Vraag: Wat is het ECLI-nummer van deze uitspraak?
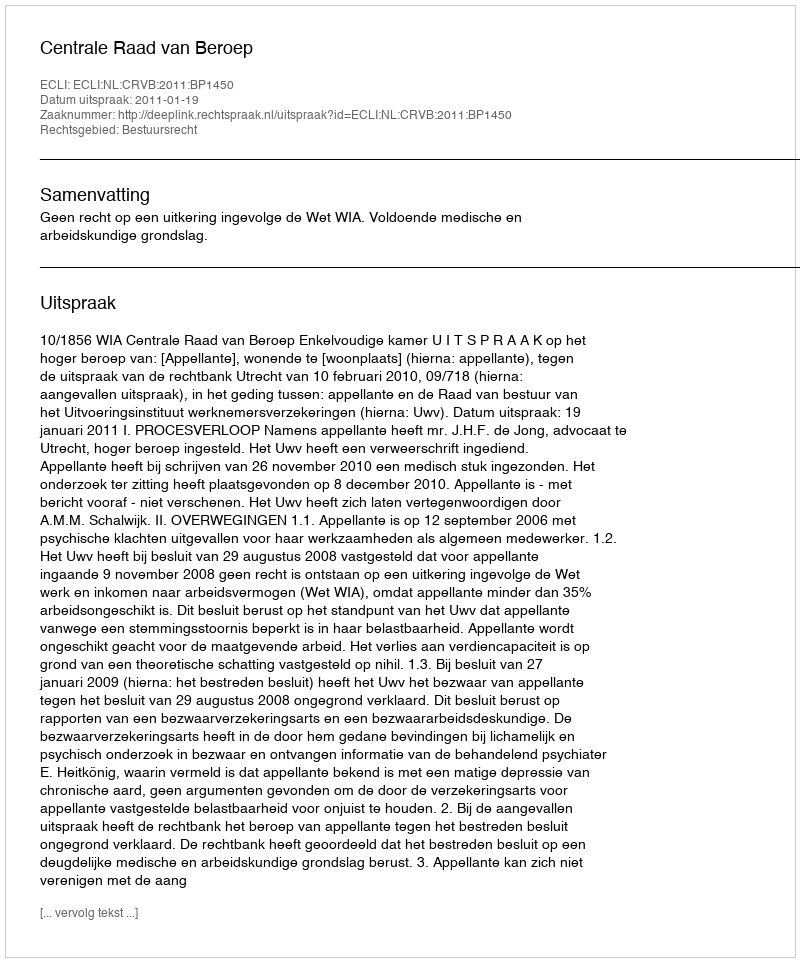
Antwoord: ECLI:NL:CRVB:2011:BP1450